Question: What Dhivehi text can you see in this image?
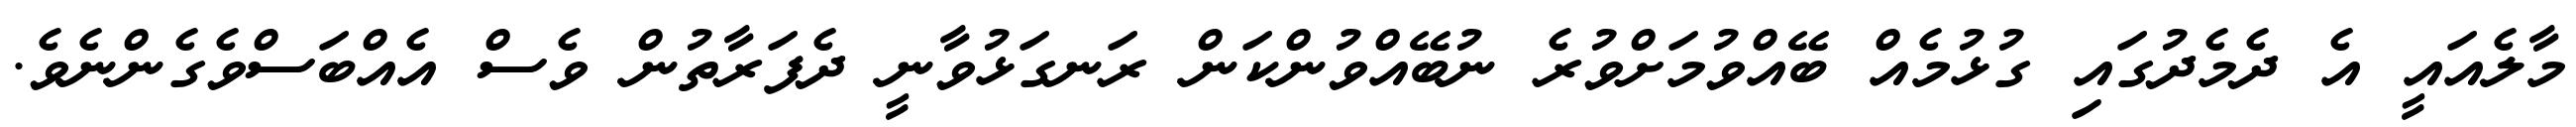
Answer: މާލެއައީ އެ ދެމެދުގައި ގުޅުމެއް ބޭއްވުމަށްވުރެ ނުބޭއްވުންކަން ރަނގަޅުވާނީ ދެފަރާތުން ވެސް އެއްބަސްވެގެންނެވެ.